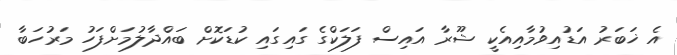
އެ ޚަބަރު އަޑުއިވުމާއިއެކީ ޝޫރާ އައިސް ފަލަކްގެ ގައިގައި ކުޑަކޮށް ބައްދާލުމަށްފަހު މަރުހަބާ